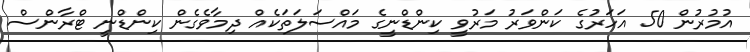
އުމުރުން 50 އަހަރުގެ ކަންވަރު މަރުވީ ކިންޑްނީގެ މައްސަލަތަކެއް ދިމާވެގެން ކިންޑްނީ ޓްރާންސް